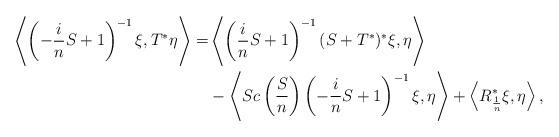
LaTeX: \begin{align*}\left\langle \left(-\frac{i}{n}S+1\right)^{-1}\xi, T^*\eta\right\rangle=&\left\langle \left(\frac{i}{n}S+1\right)^{-1}(S+T^*)^*\xi,\eta\right\rangle\\&-\left\langle Sc\left(\frac{S}{n}\right)\left(-\frac{i}{n}S+1\right)^{-1}\xi, \eta\right\rangle+\left\langle R_{\frac{1}{n}}^*\xi,\eta\right\rangle,\end{align*}